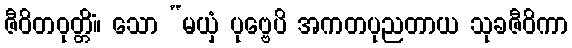
ဇီဝိတဝုတ္တိံ။ သော “မယှံ ပုဗ္ဗေပိ အကတပုညတာယ သုခဇီဝိကာ